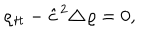
\varrho _ { { { \kern 0 . 7 p t } } t t } - { \hat { c } } ^ { 2 } \triangle { { \kern 0 . 7 p t } } \varrho = 0 ,